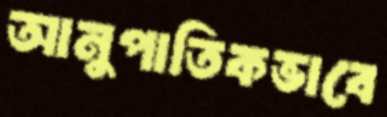
আনুপাতিকভাবে